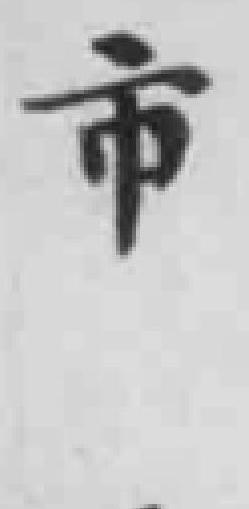
市